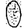
Digit: 0